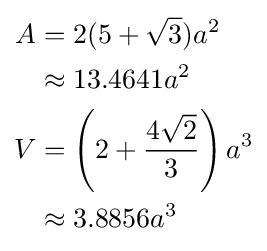
{\begin{aligned}A&=2(5+{\sqrt {3}})a^{2}\\&\approx 13.4641a^{2}\\V&=\left(2+{\frac {4{\sqrt {2}}}{3}}\right)a^{3}\\&\approx 3.8856a^{3}\end{aligned}}